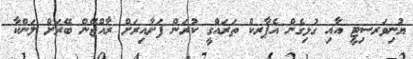
ޔުނިވަރސިޓީ އާއި ގުޅިގެން އެޕާރކް ތަރައްގީ ކުރަން ފަށާއިރަށް ރާއްޖޭން ބޭރަށް ލަންކާ